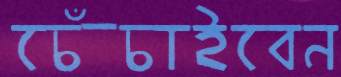
চেঁচাইবেন